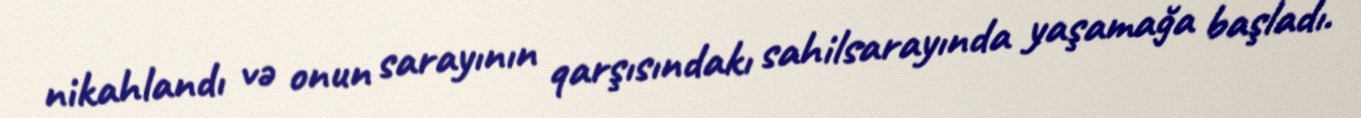
nikahlandı və onun sarayının qarşısındakı sahilsarayında yaşamağa başladı.